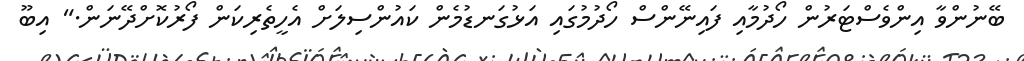
ބޭނުންވާ އިންވެސްޓަރުން ހޯދުމާއި ފައިނޭންސް ހޯދުމުގައި އަޅުގަނޑުމެން ކައުންސިލަށް އެހީތެރިކަން ފޯރުކޮށްދޭނަން." އިބޫ